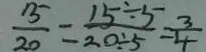
\frac { 1 5 } { 2 0 } = \frac { 1 5 \div 5 } { 2 0 \div 5 } = \frac { 3 } { 4 }